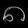
Digit: ၈